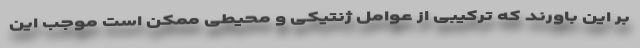
بر این باورند که ترکیبی از عوامل ژنتیکی و محیطی ممکن است موجب این